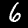
Label: 6